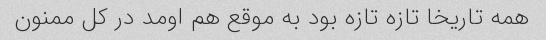
همه تاریخا تازه تازه بود به موقع هم اومد در کل ممنون